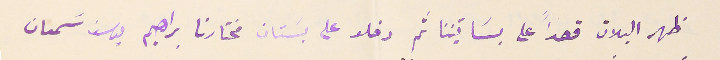
ظهر البلان قصداً على بساتيننا ثم دخلو على بسَتان مختارنا براهيم يوسَف سَِمعان